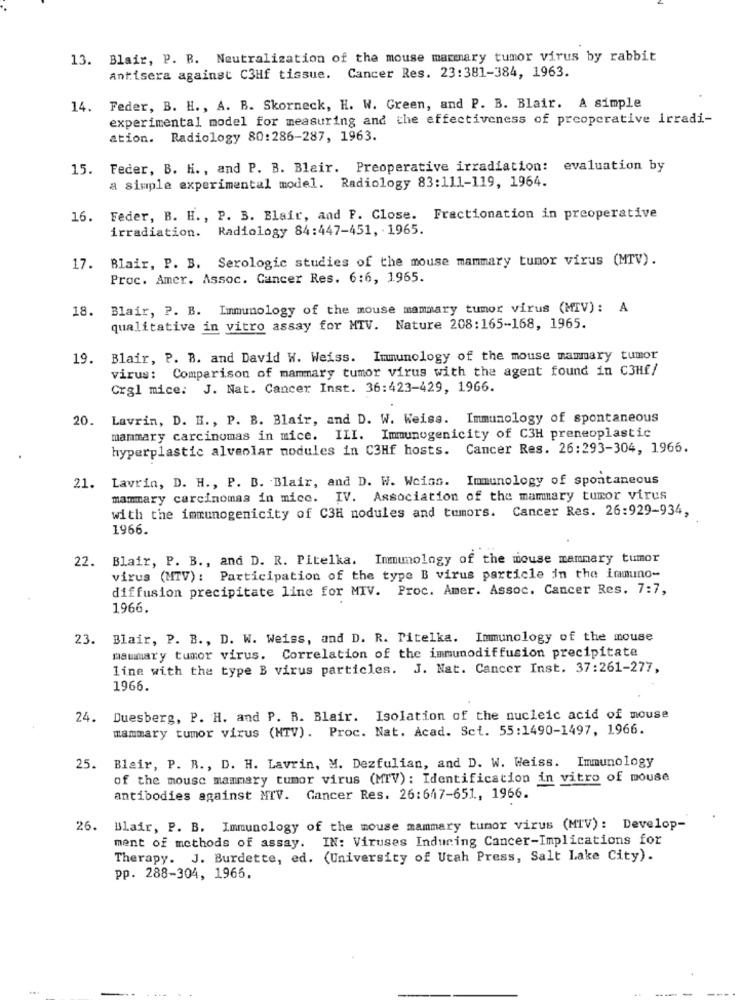
13. Blair, P. R. Neutralization of the mouse mammary tumor virus by rabbit
Antisera against C3Hf tissue. Cancer Res. 23:381-384, 1963.
14. Feder, B. H ., A. B. Skorneck, H. W. Green, and P. B. Blair. A simple
experimental model for measuring and the effectiveness of preoperative irradi-
ation. Radiology 80:286-287, 1963.
15. Feder, B. H ., and P. B. Blair. Preoperative irradiation: evaluation by
a simple experimental model. Radiology 83:111-119, 1964.
16. Feder, B. H ., P. B. Blair, and P. Close. Fractionation in preoperative
irradiation. Radiology 84:447-451, 1965.
17. Blair, P. B. Serologic studies of the mouse mammary tumor virus (MTV).
Proc. Amer. Assoc. Cancer Res. 6:6, 1965.
18.
Blair, P. B. Immunology of the mouse mammary tumor virus (MIV): A
qualitative in vitro assay for MTV. Nature 208:165-168, 1965.
19.
Blair, P. B. and David W. Weiss. Immunology of the mouse mammary tumor
virus: Comparison of mammary tumor virus with the agent found in C3Hf/
Crgl mice: J. Nat. Cancer Inst. 36:423-429, 1966.
20.
Lavrin, D. H ., P. B. Blair, and D. W. Weiss. Immunology of spontaneous
mammary carcinomas in mice. ILI. Immunogenicity of C3H preneoplastic
hyperplastic alveolar modules in C3Hf hosts. Cancer Res. 26:293-304, 1966.
Lavrin, D. H ., P. B. Blair, and D. W. Weiss. Immunology of spontaneous
21.
mammary carcinomas in mice. IV. Association of the mammary tumor virus
with the immunogenicity of C3H nodules and tumors. Cancer Res. 26:929-934,
1966.
22. Blair, P. B ., and D. R. Pitelka. Immunology of the mouse mammary tumor
virus (MTV) : Participation of the type B virus particle in the immuno-
diffusion precipitate line for MIV. Proc. Amer. Assoc. Cancer Res. 7:7,
1966.
23. Blair, P. B ., D. W. Weiss, and D. R. Titelka. Immunology of the mouse
maumary tumor virus. Correlation of the immunodiffusion precipitate
line with the type B virus particles. J. Nat. Cancer Inst. 37:261-277,
1966.
24.
Duesberg, P. H. and P. B. Blair. Isolation of the nucleic acid of mouse
mammary tumor virus (HTV). Proc. Nat. Acad. Sct. 55:1490-1497, 1966.
25. Blair, P. R ., D. H. Lavrin, M. Dezfulian, and D. W. Weiss. Immunology
of the mouse mammary tumor virus (MTV): Identification in vitro of mouse
antibodies against MTV. Cancer Res. 26:647-651, 1966.
26. Blair, P. B. Immunology of the mouse mammary tumor virus (MTV): Develop-
ment of methods of assay. IN: Viruses Induring Cancer-Implications for
Therapy. J. Burdette, ed. (University of Utah Press, Salt Lake City).
pp. 288-304, 1966.